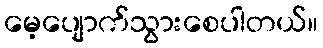
မေ့ပျောက်သွားစေပါတယ်။